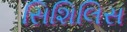
સિશિલિસ